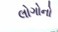
લોગોનો